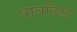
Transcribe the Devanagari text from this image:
पावलिस्ट